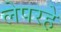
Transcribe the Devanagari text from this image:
लेपरहे